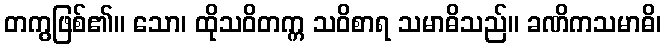
တကွဖြစ်၏။ သော၊ ထိုသဝိတက္က သဝိစာရ သမာဓိသည်။ ခဏိကသမာဓိ၊